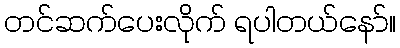
တင်ဆက်ပေးလိုက် ရပါတယ်နော်။